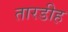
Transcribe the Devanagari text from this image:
तारडीह